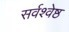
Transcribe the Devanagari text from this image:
सर्वश्वेष्ठ